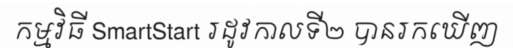
កម្មវិធី SmartStart រដូវកាលទី២ បានរកឃើញ